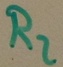
Text: R2